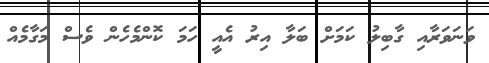
ވަނަވަރާއި ގާބިލު ކަމަށް ބަލާ އިރު އެއީ ހަމަ ކޮންމެހެން ވެސް މަގާމެއް